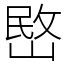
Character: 㟩